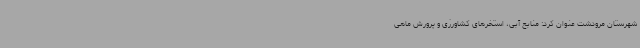
شهرستان مرودشت عنوان کرد: منابع آبی، استخرهای کشاورزی و پرورش ماهی